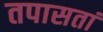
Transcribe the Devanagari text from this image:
तपासतां